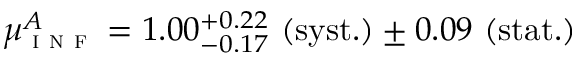
\mu _ { \textsc { i n f } } ^ { A } = 1 . 0 0 _ { - 0 . 1 7 } ^ { + 0 . 2 2 } ~ \mathrm { ( s y s t . ) } \pm 0 . 0 9 ~ \mathrm { ( s t a t . ) }